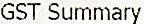
GST SUMMARY